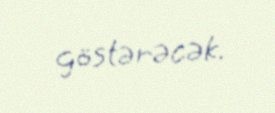
göstərəcək.